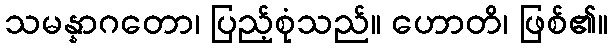
သမန္နာဂတော၊ ပြည့်စုံသည်။ ဟောတိ၊ ဖြစ်၏။